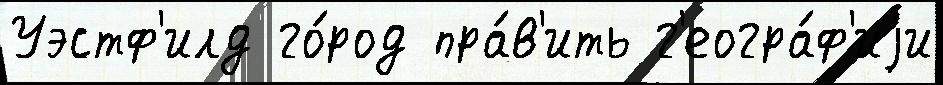
Уэстф'илд го́род пра́в'ить г'еогра́ф'иjи